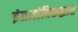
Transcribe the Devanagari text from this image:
इंग्रजांविरूद्धात